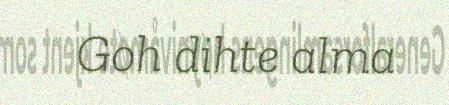
Goh dihte alma